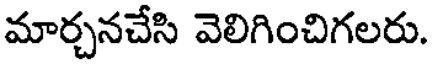
మార్చనచేసి వెలిగించిగలరు.